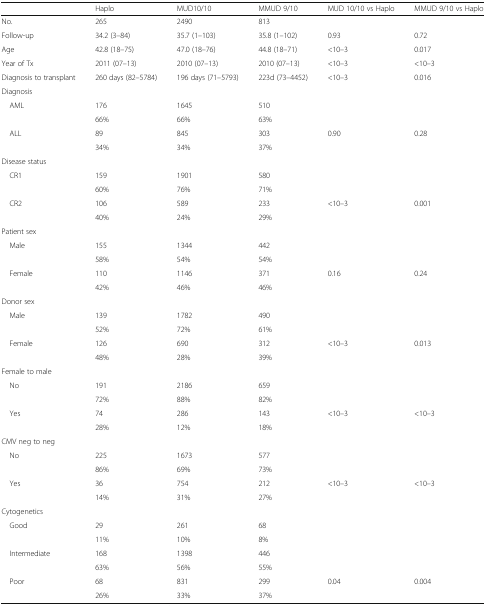
<table><thead><tr><td></td><td><b>Haplo</b></td><td><b>MUD10/10</b></td><td><b>MMUD 9/10</b></td><td><b>MUD 10/10 vs Haplo</b></td><td><b>MMUD 9/10 vs Haplo</b></td></tr></thead><tbody><tr><td>No.</td><td>265</td><td>2490</td><td>813</td><td></td><td></td></tr><tr><td>Follow-up</td><td>34.2 (3–84)</td><td>35.7 (1–103)</td><td>35.8 (1–102)</td><td>0.93</td><td>0.72</td></tr><tr><td>Age</td><td>42.8 (18–75)</td><td>47.0 (18–76)</td><td>44.8 (18–71)</td><td>&lt;10–3</td><td>0.017</td></tr><tr><td>Year of Tx</td><td>2011 (07–13)</td><td>2010 (07–13)</td><td>2010 (07–13)</td><td>&lt;10–3</td><td>&lt;10–3</td></tr><tr><td>Diagnosis to transplant</td><td>260 days (82–5784)</td><td>196 days (71–5793)</td><td>223d (73–4452)</td><td>&lt;10–3</td><td>0.016</td></tr><tr><td colspan="6">Diagnosis</td></tr><tr><td rowspan="2"> AML</td><td>176</td><td>1645</td><td>510</td><td></td><td></td></tr><tr><td>66%</td><td>66%</td><td>63%</td><td></td><td></td></tr><tr><td rowspan="2"> ALL</td><td>89</td><td>845</td><td>303</td><td>0.90</td><td>0.28</td></tr><tr><td>34%</td><td>34%</td><td>37%</td><td></td><td></td></tr><tr><td colspan="6">Disease status</td></tr><tr><td rowspan="2"> CR1</td><td>159</td><td>1901</td><td>580</td><td></td><td></td></tr><tr><td>60%</td><td>76%</td><td>71%</td><td></td><td></td></tr><tr><td rowspan="2"> CR2</td><td>106</td><td>589</td><td>233</td><td>&lt;10–3</td><td>0.001</td></tr><tr><td>40%</td><td>24%</td><td>29%</td><td></td><td></td></tr><tr><td colspan="6">Patient sex</td></tr><tr><td rowspan="2"> Male</td><td>155</td><td>1344</td><td>442</td><td></td><td></td></tr><tr><td>58%</td><td>54%</td><td>54%</td><td></td><td></td></tr><tr><td rowspan="2"> Female</td><td>110</td><td>1146</td><td>371</td><td>0.16</td><td>0.24</td></tr><tr><td>42%</td><td>46%</td><td>46%</td><td></td><td></td></tr><tr><td colspan="6">Donor sex</td></tr><tr><td rowspan="2"> Male</td><td>139</td><td>1782</td><td>490</td><td></td><td></td></tr><tr><td>52%</td><td>72%</td><td>61%</td><td></td><td></td></tr><tr><td rowspan="2"> Female</td><td>126</td><td>690</td><td>312</td><td>&lt;10–3</td><td>0.013</td></tr><tr><td>48%</td><td>28%</td><td>39%</td><td></td><td></td></tr><tr><td colspan="6">Female to male</td></tr><tr><td rowspan="2"> No</td><td>191</td><td>2186</td><td>659</td><td></td><td></td></tr><tr><td>72%</td><td>88%</td><td>82%</td><td></td><td></td></tr><tr><td rowspan="2"> Yes</td><td>74</td><td>286</td><td>143</td><td>&lt;10–3</td><td>&lt;10–3</td></tr><tr><td>28%</td><td>12%</td><td>18%</td><td></td><td></td></tr><tr><td colspan="6">CMV neg to neg</td></tr><tr><td rowspan="2"> No</td><td>225</td><td>1673</td><td>577</td><td></td><td></td></tr><tr><td>86%</td><td>69%</td><td>73%</td><td></td><td></td></tr><tr><td rowspan="2"> Yes</td><td>36</td><td>754</td><td>212</td><td>&lt;10–3</td><td>&lt;10–3</td></tr><tr><td>14%</td><td>31%</td><td>27%</td><td></td><td></td></tr><tr><td colspan="6">Cytogenetics</td></tr><tr><td rowspan="2"> Good</td><td>29</td><td>261</td><td>68</td><td></td><td></td></tr><tr><td>11%</td><td>10%</td><td>8%</td><td></td><td></td></tr><tr><td rowspan="2"> Intermediate</td><td>168</td><td>1398</td><td>446</td><td></td><td></td></tr><tr><td>63%</td><td>56%</td><td>55%</td><td></td><td></td></tr><tr><td rowspan="2"> Poor</td><td>68</td><td>831</td><td>299</td><td>0.04</td><td>0.004</td></tr><tr><td>26%</td><td>33%</td><td>37%</td><td></td><td></td></tr></tbody></table>